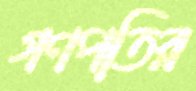
গণপতির